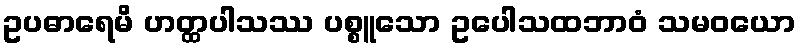
ဥပဓာရေမိ ဟတ္ထပါသဿ ပစ္စူသော ဥပေါသထဘာဝံ သမဝယော